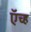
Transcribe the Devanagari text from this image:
ऍच्ह